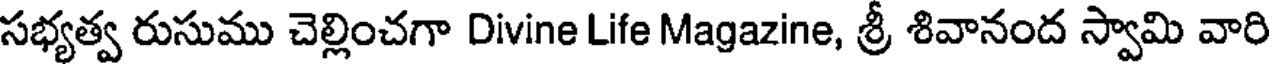
సభ్యత్వ రుసుము చెల్లించగా Divine Life Magazine, శ్రీ శివానంద స్వామి వారి